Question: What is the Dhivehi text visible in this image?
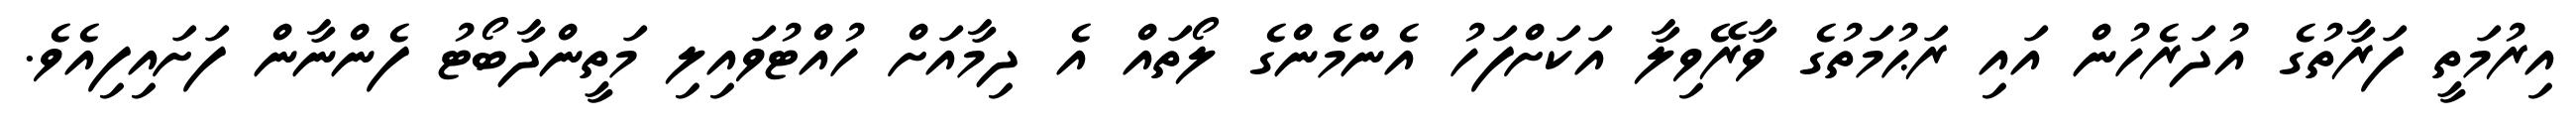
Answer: އިރުމަތީ ފަރާތުގެ އުދަރެހުން އައި ރަޙުމަތުގެ ވާރޭވިލާ އަކަށްފަހު އެންމެންގެ ލޯތައް އެ ދިމާއަށް ހުއްޓުވައިލި މަތީންދާބޯޓު ފެންނާން ފަށައިފިއެވެ.